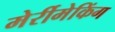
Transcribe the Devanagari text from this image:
मेर्रीमेकिंग